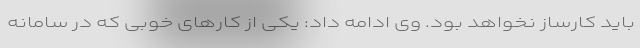
باید کارساز نخواهد بود. وی ادامه داد: یکی از کارهای خوبی که در سامانه